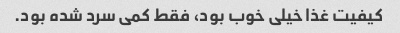
کیفیت غذا خیلی خوب بود، فقط کمی سرد شده بود.